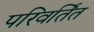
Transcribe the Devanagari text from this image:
परिवर्तिंत